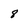
Character: 8